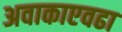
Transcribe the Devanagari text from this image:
अवाकाएवढा